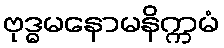
ဗုဒ္ဓမနောမနိက္ကမံ